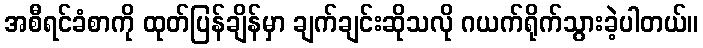
အစီရင်ခံစာကို ထုတ်ပြန်ချိန်မှာ ချက်ချင်းဆိုသလို ဂယက်ရိုက်သွားခဲ့ပါတယ်။